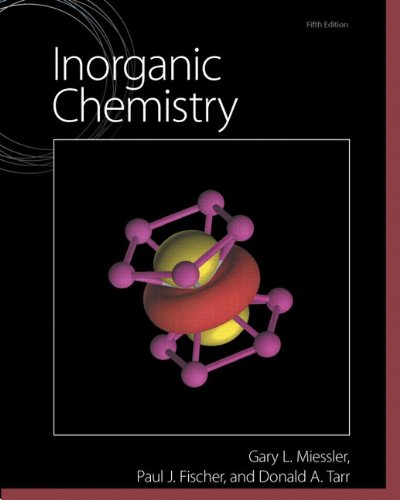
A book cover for Inorganic Chemistry (5th Edition); Gary L. Miessler; Science & Math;